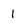
Character: 1